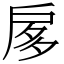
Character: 扅